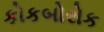
કોકબોરોક